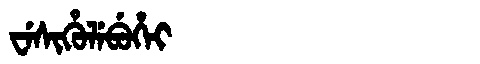
Manchu: ᠸᡝᠰᡳᡥᡠᠯᡝᠪᡠᡥᡝᡳ
Romanization: WESIHULEBUHEI